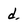
Character: d